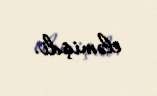
eləmişdi.